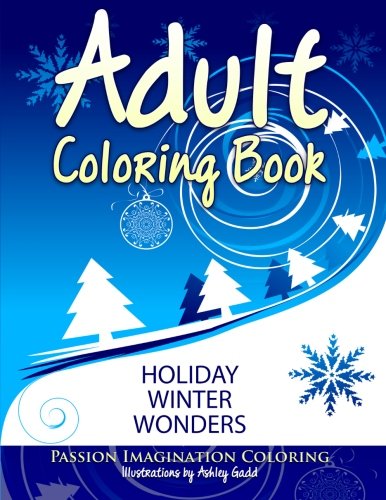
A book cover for Adult Coloring Book: Holiday Winter Wonders; Passion Imagination Coloring; Crafts, Hobbies & Home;